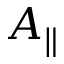
A _ { \parallel }